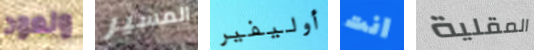
ونعود المسير أوليفير انت المقلية